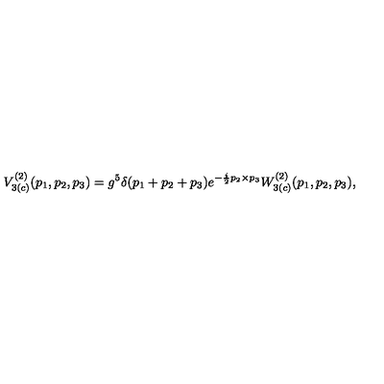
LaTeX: V _ { 3 ( c ) } ^ { ( 2 ) } ( p _ { 1 } , p _ { 2 } , p _ { 3 } ) = g ^ { 5 } \delta ( p _ { 1 } + p _ { 2 } + p _ { 3 } ) e ^ { - \frac { i } { 2 } p _ { 2 } \times p _ { 3 } } W _ { 3 ( c ) } ^ { ( 2 ) } ( p _ { 1 } , p _ { 2 } , p _ { 3 } ) ,